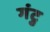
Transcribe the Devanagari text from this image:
गंटु